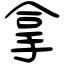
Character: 拿